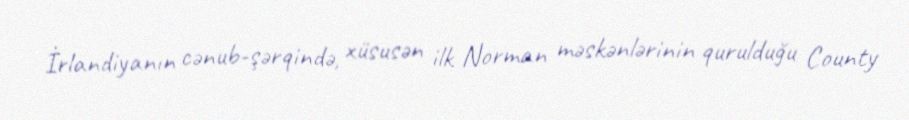
İrlandiyanın cənub-şərqində, xüsusən ilk Norman məskənlərinin qurulduğu County